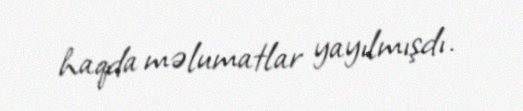
haqda məlumatlar yayılmışdı.